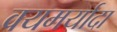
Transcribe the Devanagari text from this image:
वयमर्यादा